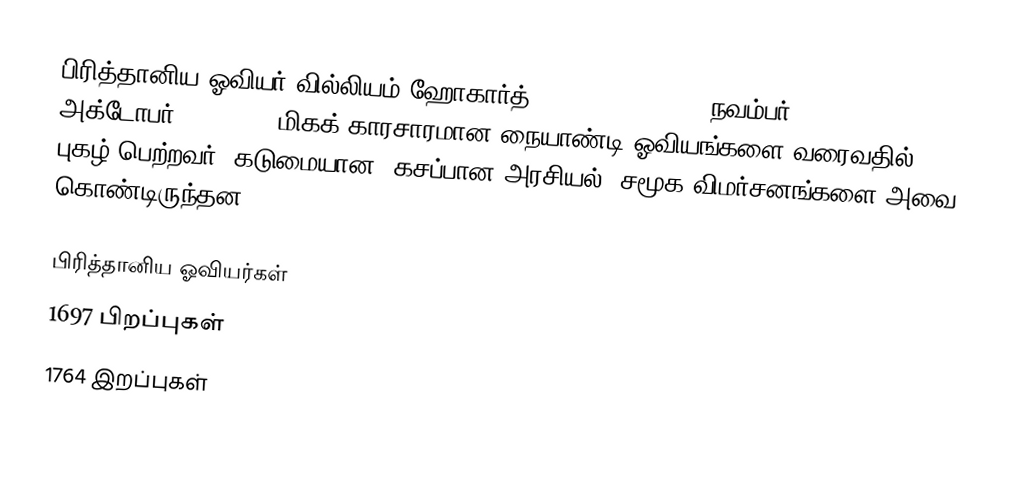
பிரித்தானிய ஓவியர் வில்லியம் ஹோகார்த் (William Hogarth, நவம்பர் 10, 1697 - அக்டோபர் 26, 1764) மிகக் காரசாரமான நையாண்டி ஓவியங்களை வரைவதில் புகழ் பெற்றவர். கடுமையான, கசப்பான அரசியல், சமூக விமர்சனங்களை அவை கொண்டிருந்தன.

பிரித்தானிய ஓவியர்கள்
1697 பிறப்புகள்
1764 இறப்புகள்